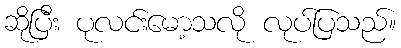
ဆိုပြီး ပုလင်းမော့သလို လုပ်ပြသည်။